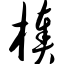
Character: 楱